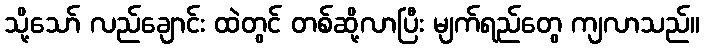
သို့သော် လည်ချောင်း ထဲတွင် တစ်ဆို့လာပြီး မျက်ရည်တွေ ကျလာသည်။